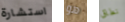
استشارة هو نطاق